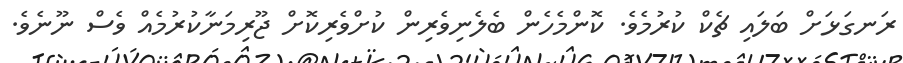
ރަނގަޅަށް ބަލައި ޗެކް ކުރުމެވެ. ކޮންމެހެން ބެލެނިވެރިން ކުށްވެރިކޮށް ޖޫރިމަނާކުރުމެއް ވެސް ނޫނެވެ.